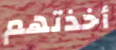
أخذتهم